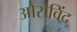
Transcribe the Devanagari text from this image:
औरोविंद